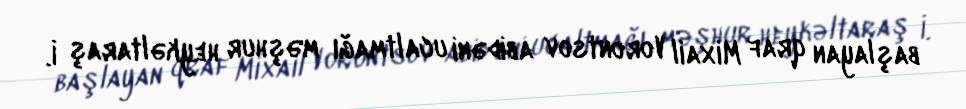
başlayan qraf Mixail Vorontsov abidəni ucaltmağı məşhur heykəltaraş İ.